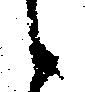
候